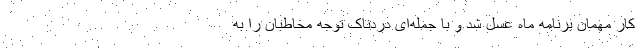
کار مهمان برنامه ماه عسل شد و با جمله‌ای دردناک توجه مخاطبان را به